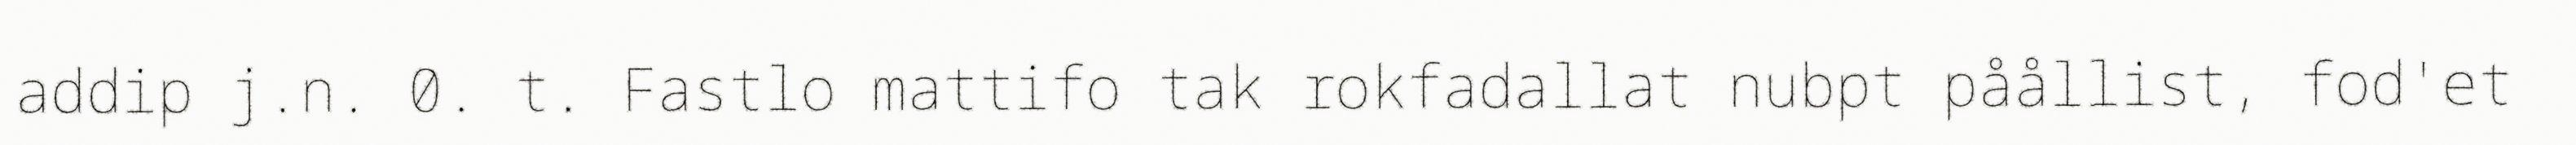
addip j.n. 0. t. Fastlo mattifo tak rokfadallat nubpt påållist, fod'et